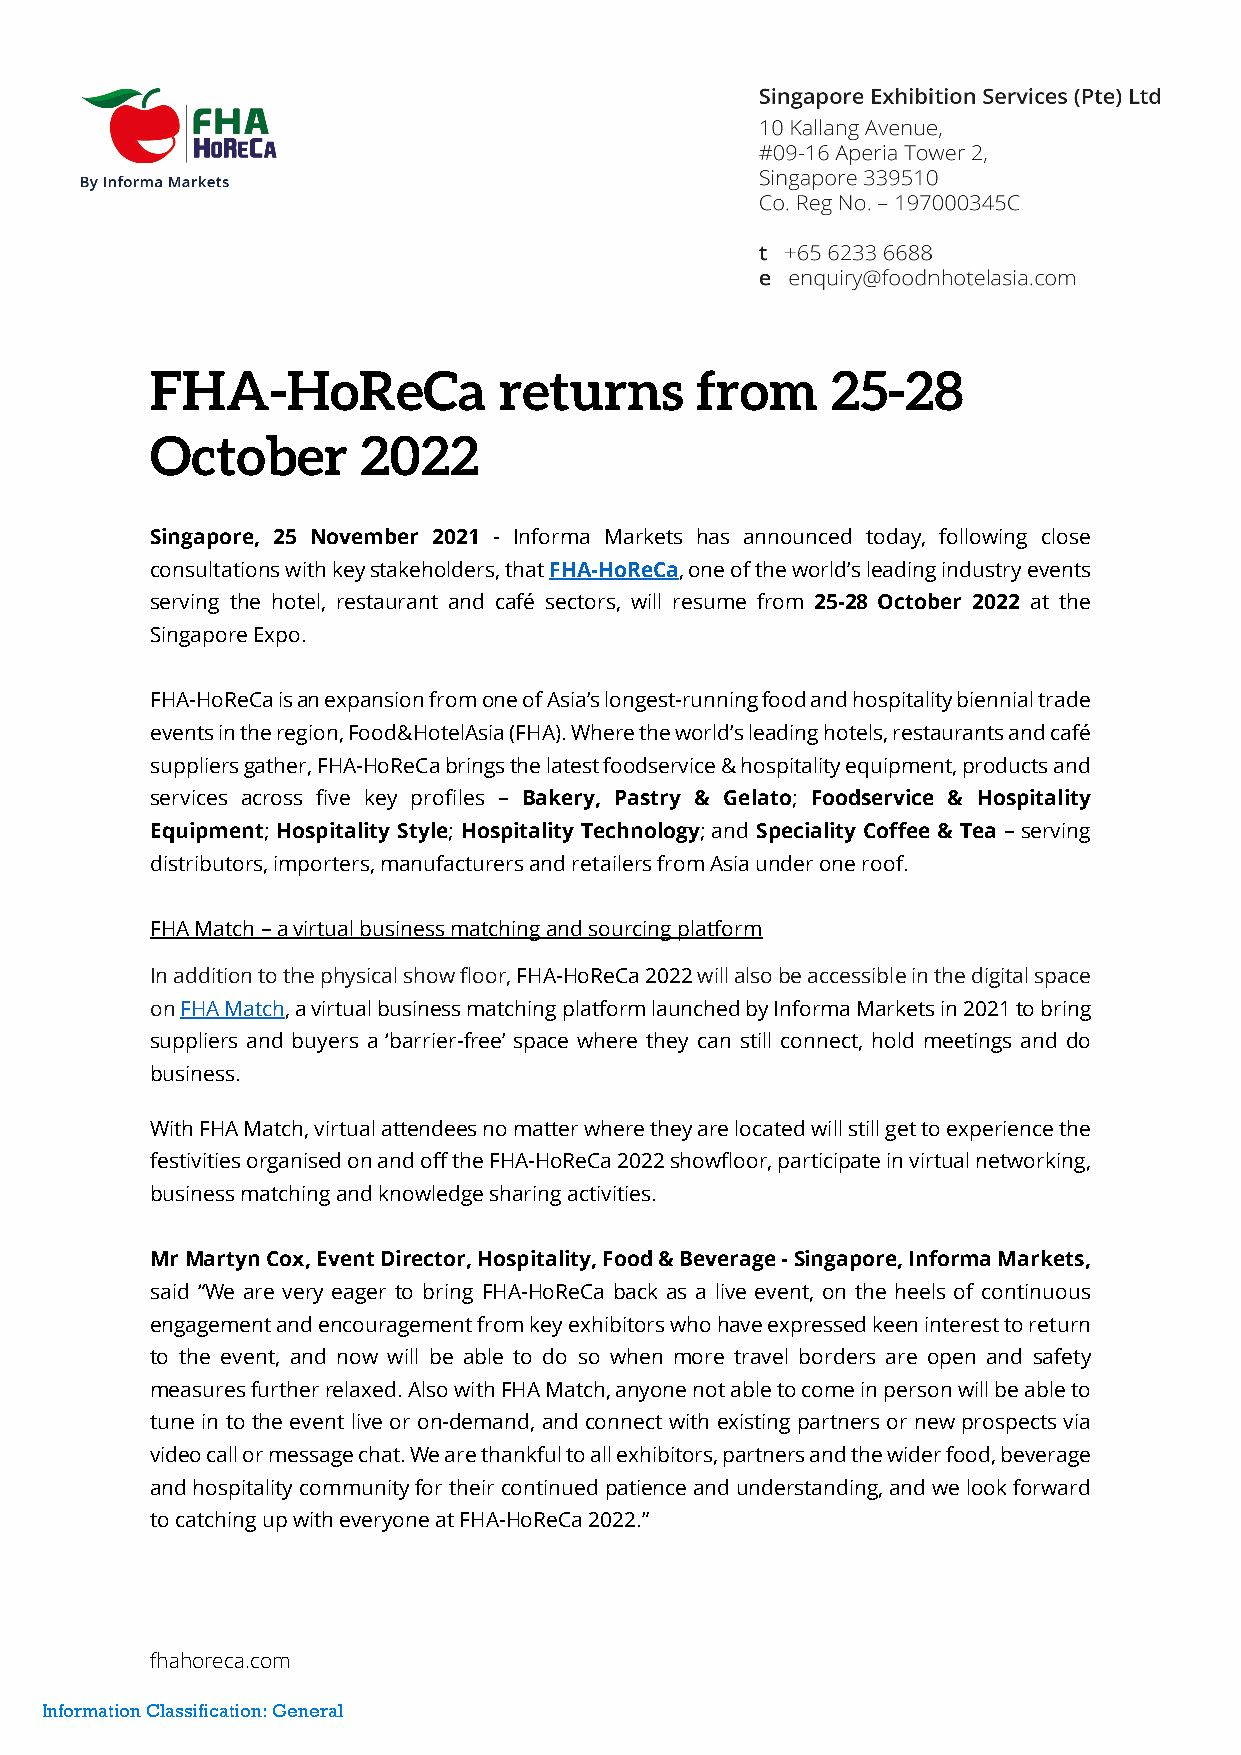
FHA-HoReCa             returns      from     25-28
 October       2022
 Singapore, 25 November 2021 - Informa Markets has announced today, following close
 consultations with key stakeholders, that FHA-HoReCa, one of the world’s leading industry events
 serving the hotel, restaurant and café sectors, will resume from 25-28 October 2022 at the
 Singapore Expo.
 FHA-HoReCa is an expansion from one of Asia’s longest-running food and hospitality biennial trade
 events in the region, Food&HotelAsia (FHA). Where the world’s leading hotels, restaurants and café
 suppliers gather, FHA-HoReCa brings the latest foodservice & hospitality equipment, products and
 services across five key profiles – Bakery, Pastry & Gelato; Foodservice & Hospitality
 Equipment; Hospitality Style; Hospitality Technology; and Speciality Coffee & Tea – serving
 distributors, importers, manufacturers and retailers from Asia under one roof.
 FHA Match – a virtual business matching and sourcing platform
 In addition to the physical show floor, FHA-HoReCa 2022 will also be accessible in the digital space
 on FHA Match, a virtual business matching platform launched by Informa Markets in 2021 to bring
 suppliers and buyers a ‘barrier-free’ space where they can still connect, hold meetings and do
 business.
 With FHA Match, virtual attendees no matter where they are located will still get to experience the
 festivities organised on and off the FHA-HoReCa 2022 showfloor, participate in virtual networking,
 business matching and knowledge sharing activities.
 Mr Martyn Cox, Event Director, Hospitality, Food & Beverage - Singapore, Informa Markets,
 said “We are very eager to bring FHA-HoReCa back as a live event, on the heels of continuous
 engagement and encouragement from key exhibitors who have expressed keen interest to return
 to the event, and now will be able to do so when more travel borders are open and safety
 measures further relaxed. Also with FHA Match, anyone not able to come in person will be able to
 tune in to the event live or on-demand, and connect with existing partners or new prospects via
 video call or message chat. We are thankful to all exhibitors, partners and the wider food, beverage
 and hospitality community for their continued patience and understanding, and we look forward
 to catching up with everyone at FHA-HoReCa 2022.”
 fhahoreca.com
 Information Classification: General